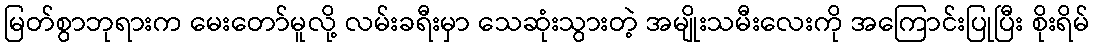
မြတ်စွာဘုရားက မေးတော်မူလို့ လမ်းခရီးမှာ သေဆုံးသွားတဲ့ အမျိုးသမီးလေးကို အကြောင်းပြုပြီး စိုးရိမ်